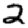
Digit: 2